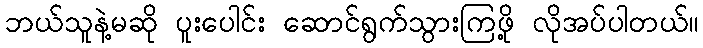
ဘယ်သူနဲ့မဆို ပူးပေါင်း ဆောင်ရွက်သွားကြဖို့ လိုအပ်ပါတယ်။